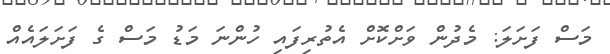
މަސް ފަށަލަ: މެދުން ވަށްކޮށް އެތުރިފައި ހުންނަ މަޑު މަސް ގެ ފަށަލައެއް